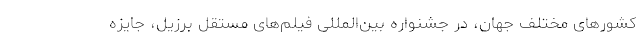
كشورهاى مختلف جهان، در جشنواره بین‌المللی فيلم‌هاى مستقل برزيل، جايزه